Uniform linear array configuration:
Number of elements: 32
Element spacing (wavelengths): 1
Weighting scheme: exponential
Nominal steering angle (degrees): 45
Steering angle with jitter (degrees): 43.066
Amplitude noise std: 0.05
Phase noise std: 0.05

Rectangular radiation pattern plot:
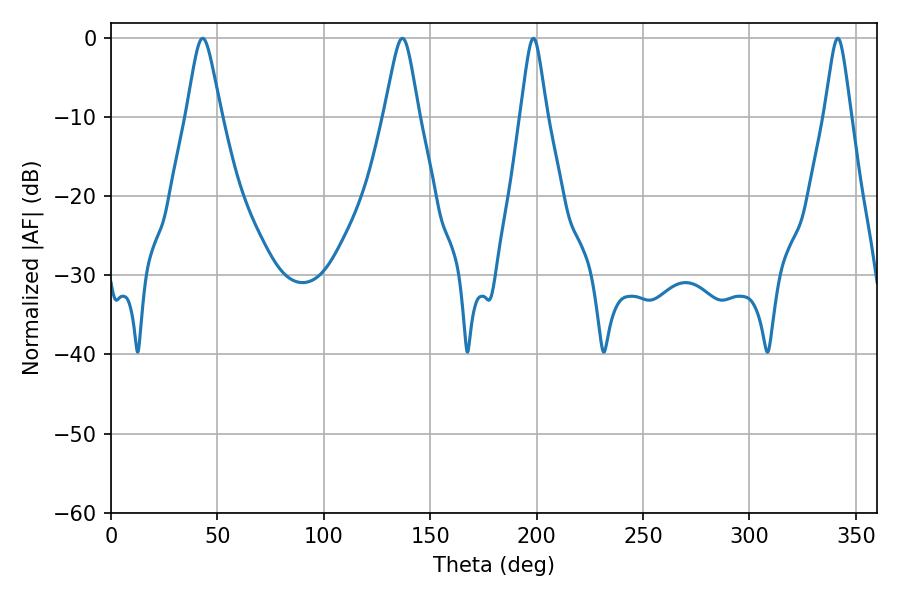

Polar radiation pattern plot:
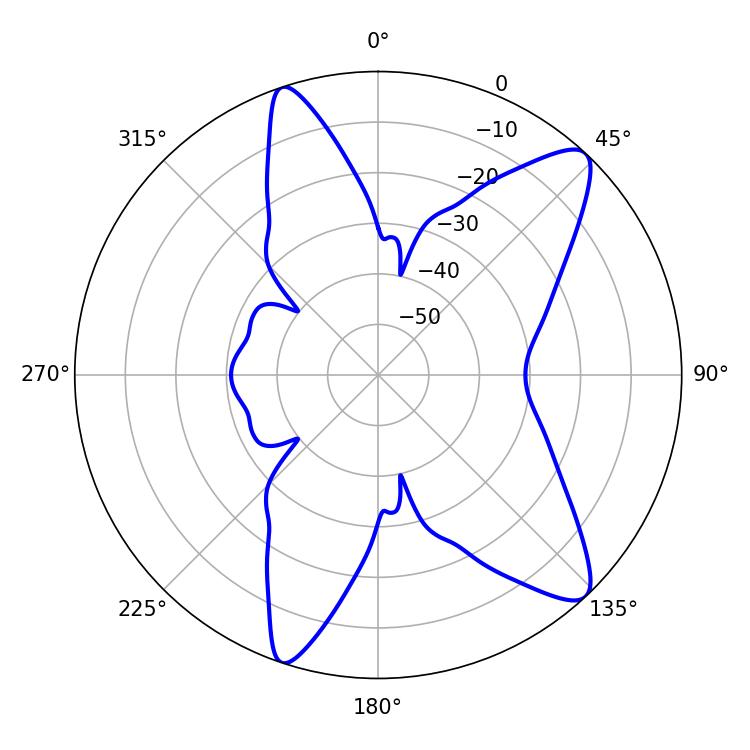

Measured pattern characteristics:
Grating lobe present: TRUE
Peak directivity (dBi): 11.304
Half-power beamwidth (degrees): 7.92
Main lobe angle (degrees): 43.02